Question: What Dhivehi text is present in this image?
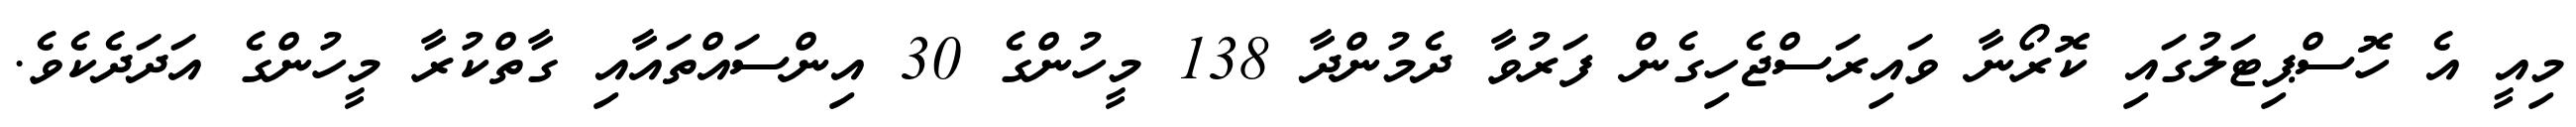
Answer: މިއީ އެ ހޮސްޕިޓަލުގައި ކޮރޯނާ ވައިރަސްޖެހިގެން ފަރުވާ ދެމުންދާ 138 މީހުންގެ 30 އިންސައްތައާއި ގާތްކުރާ މީހުންގެ އަދަދެކެވެ.